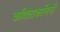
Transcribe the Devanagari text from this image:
कविताकामिनी